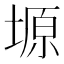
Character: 塬